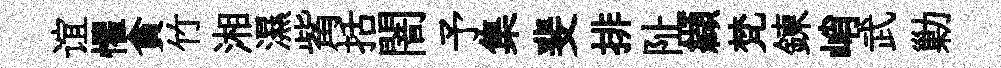
谊懼貪竹湘濕觜括闇予集斐排阯纈梵鍊峭武勦